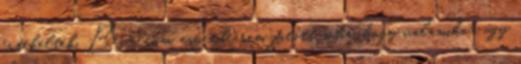
értékelték. Bevallom, eszembe nem jutott soha, hogy valamikor úgy